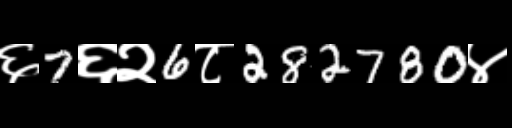
Text: ६7६२6८282780४